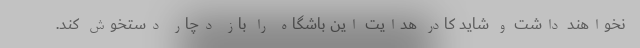
نخواهند داشت و شاید کادر هدایت این باشگاه را باز دچار دستخوش کند.